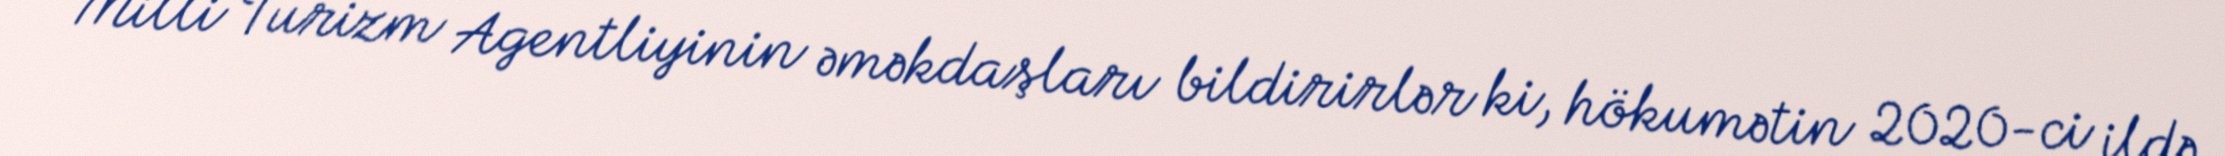
Milli Turizm Agentliyinin əməkdaşları bildirirlər ki, hökumətin 2020-ci ildə